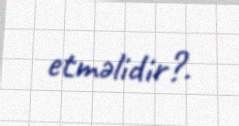
etməlidir?.